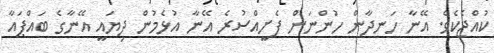
ކުއްޖެކެވެ. އޭނާ ހަނދާން ހުންނަން ފެށީއްސުރެ އޭނާ އުޅެމުން ދިޔައީ އޭނާގެ ބައްޕައާ